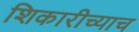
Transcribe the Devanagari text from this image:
शिकारीच्याच